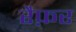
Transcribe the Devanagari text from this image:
रैफ़र